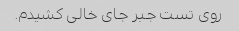
روی تست جبر جای خالی کشیدم.